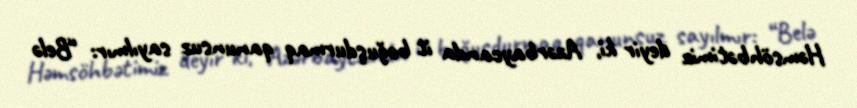
Həmsöhbətimiz deyir ki, Azərbaycanda it boğuşdurmaq qanunsuz sayılmır: “Belə